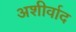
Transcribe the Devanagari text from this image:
अशीर्वाद